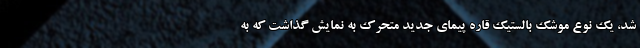
شد، یک نوع موشک بالستیک قاره پیمای جدید متحرک به نمایش گذاشت که به